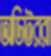
অডিটররা